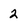
Character: 2